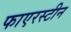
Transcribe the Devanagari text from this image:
फाएरस्टीन